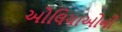
ઓલિયાઓની